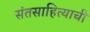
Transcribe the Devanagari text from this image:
संतसाहित्याची